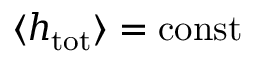
\langle h _ { \mathrm { t o t } } \rangle = \mathrm { c o n s t } { }